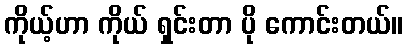
ကိုယ့်ဟာ ကိုယ် ရှင်းတာ ပို ကောင်းတယ်။